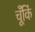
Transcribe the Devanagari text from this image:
चूँकिं